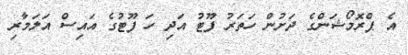
އެ ޕްރޮމޯޝަންގެ ދަށުން ހަތަރު ފޫޓު އަދި ހަ ފޫޓުގެ އައިސް އަލަމާރި